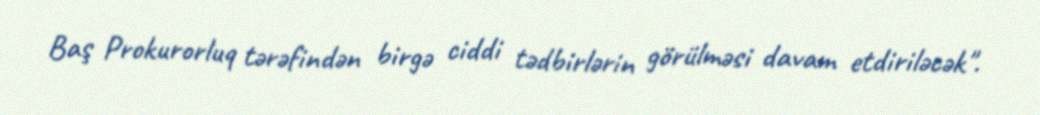
Baş Prokurorluq tərəfindən birgə ciddi tədbirlərin görülməsi davam etdiriləcək".